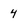
Character: 4